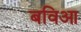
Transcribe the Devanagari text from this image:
बविआ